Annual returns of the Patna Lunatic Asylum at Bankipore in Bihar and Orissa - 1912-1924
Year: 1912
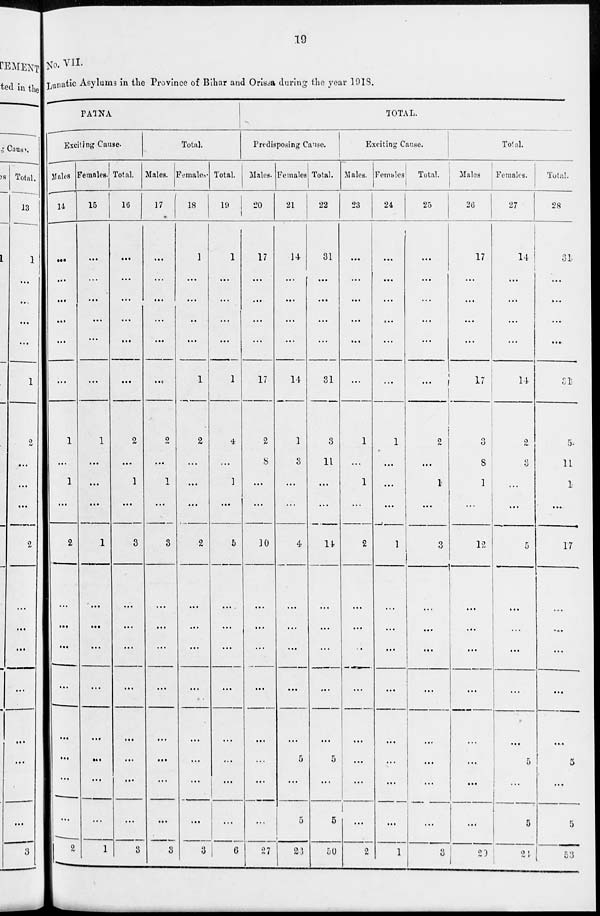
19
No. VII.
Lunatic Asylums in the Province of Bihar and Orissa during the year 1918.
PATNA
Exciting Cause.
Males.
14
...
...
...
...
...
...
1
...
1
...
2
...
...
...
...
...
...
...
...
2
Females.
15
...
...
...
...
...
...
1
...
...
...
1
...
...
...
...
...
...
...
...
1
Total.
16
...
...
...
...
...
...
2
...
1
...
3
...
...
...
...
...
...
...
...
3
Total.
Males.
17
...
...
...
...
...
...
2
...
1
...
3
...
...
...
...
...
...
...
...
3
Females.
18
1
...
...
...
...
1
2
...
...
...
2
...
...
...
...
...
...
...
...
3
Total.
19
1
...
...
...
...
1
4
...
1
...
5
...
...
...
...
...
...
...
...
6
TOTAL.
Predisposing Cause.
Males.
20
17
...
...
...
...
17
2
8
...
...
10
...
...
...
...
...
...
...
...
27
Females
21
14.
...
...
...
...
14
1
3
...
...
4
...
...
...
...
...
5
...
5
23
Total.
22
31
...
...
...
...
31
3
11
...
...
14
...
...
...
...
...
5
...
5
50
Exciting Cause.
Males.
23
...
...
...
...
...
...
1
...
1
...
2
...
...
...
...
...
...
...
...
2
Females.
24
...
...
...
...
...
...
1
...
...
...
1
...
...
...
...
...
...
...
...
1
Total.
25
...
...
...
...
...
...
2
...
1
...
3
...
...
...
...
...
...
...
...
3
Total.
Males.
26
17
...
...
...
...
17
3
8
1
...
12
...
...
...
...
...
...
...
...
29
Females.
27
14
...
...
...
...
14
2
3
...
...
5
...
...
...
...
...
5
...
5
24
Total.
28
31
...
...
...
...
31
5
11
1
...
17
...
...
...
...
...
5
...
5
53